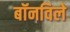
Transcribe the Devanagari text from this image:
बॉनविले